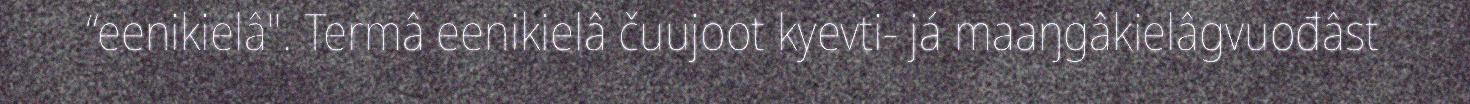
“eenikielâ". Termâ eenikielâ čuujoot kyevti- já maaŋgâkielâgvuođâst